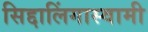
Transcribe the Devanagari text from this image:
सिद्दालिंगास्वामी